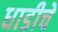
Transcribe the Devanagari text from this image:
धाडीचे